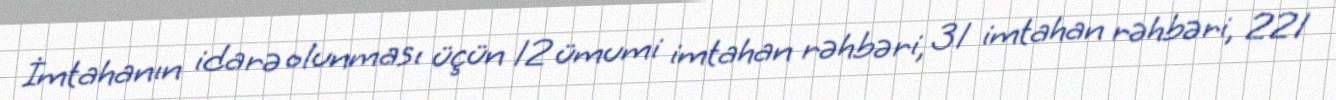
İmtahanın idarə olunması üçün 12 ümumi imtahan rəhbəri, 31 imtahan rəhbəri, 221